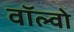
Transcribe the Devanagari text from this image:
वॉल्‍वो